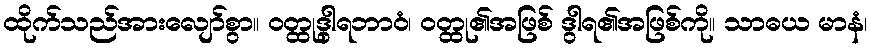
ထိုက်သည်အားလျော်စွာ။ ဝတ္ထုဒွါရဘာဝံ၊ ဝတ္ထု၏အဖြစ် ဒွါရ၏အဖြစ်ကို။ သာဓယ မာနံ၊